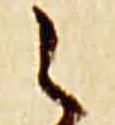
之